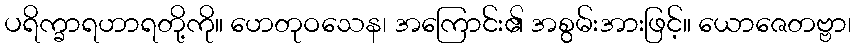
ပရိက္ခာရဟာရတို့ကို။ ဟေတုဝသေန၊ အကြောင်း၏ အစွမ်းအားဖြင့်။ ယောဇေတဗ္ဗာ၊